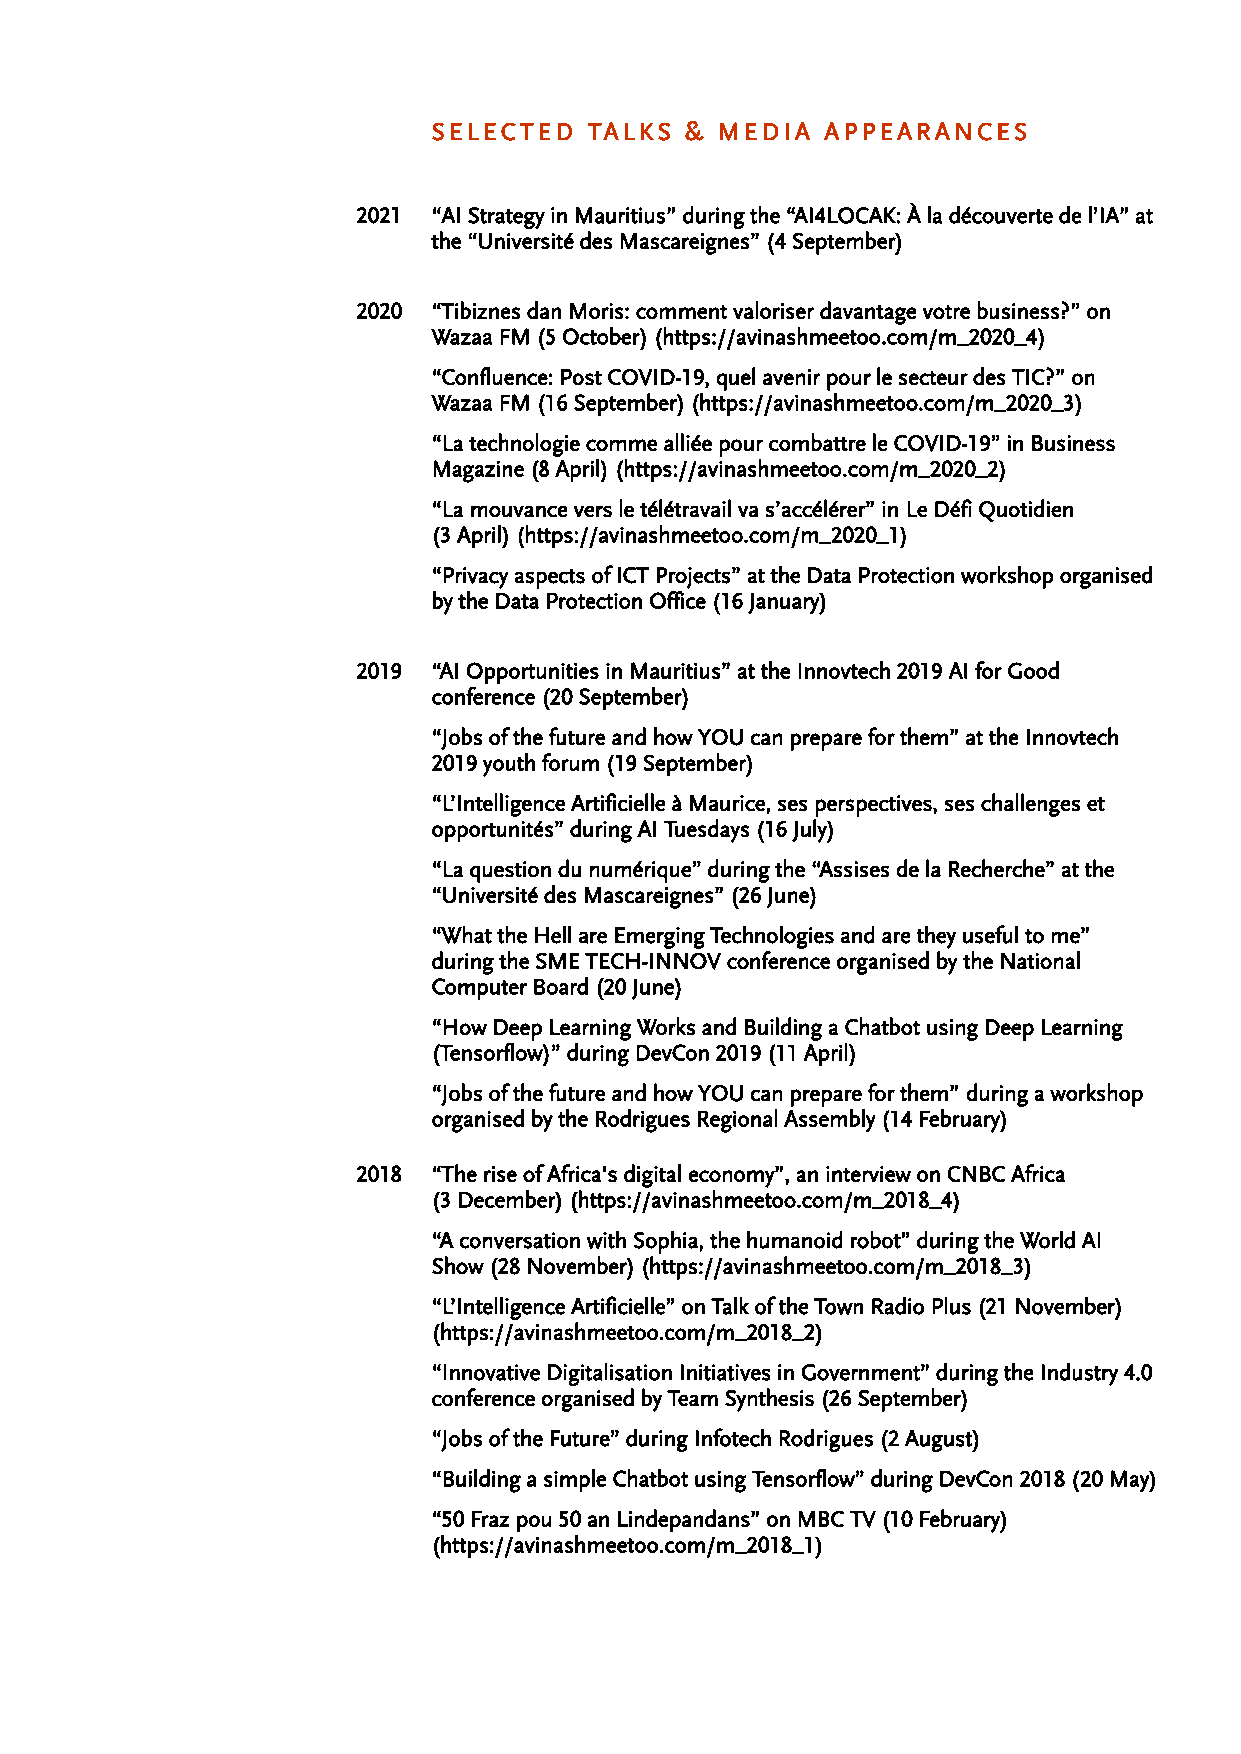
SELECTED  TALKS & MEDIA   APPEARANCES
 2021 “AI Strategy in Mauritius” during the “AI4LOCAK: À la découverte de l’IA” at
 the “Université des Mascareignes” (4 September)
 2020 “Tibiznes dan Moris: comment valoriser davantage votre business?” on
 Wazaa FM (5 October) (https://avinashmeetoo.com/m_2020_4)
 “Confluence: Post COVID-19, quel avenir pour le secteur des TIC?” on
 Wazaa FM (16 September) (https://avinashmeetoo.com/m_2020_3)
 “La technologie comme alliée pour combattre le COVID-19” in Business
 Magazine (8 April) (https://avinashmeetoo.com/m_2020_2)
 “La mouvance vers le télétravail va s’accélérer” in Le Défi Quotidien
 (3 April) (https://avinashmeetoo.com/m_2020_1)
 “Privacy aspects of ICT Projects” at the Data Protection workshop organised
 by the Data Protection Office (16 January)
 2019 “AI Opportunities in Mauritius” at the Innovtech 2019 AI for Good
 conference (20 September)
 “Jobs of the future and how YOU can prepare for them” at the Innovtech
 2019 youth forum (19 September)
 “L’Intelligence Artificielle à Maurice, ses perspectives, ses challenges et
 opportunités” during AI Tuesdays (16 July)
 “La question du numérique” during the “Assises de la Recherche” at the
 “Université des Mascareignes” (26 June)
 “What the Hell are Emerging Technologies and are they useful to me”
 during the SME TECH-INNOV conference organised by the National
 Computer Board (20 June)
 “How Deep Learning Works and Building a Chatbot using Deep Learning
 (Tensorflow)” during DevCon 2019 (11 April)
 “Jobs of the future and how YOU can prepare for them” during a workshop
 organised by the Rodrigues Regional Assembly (14 February)
 2018 “The rise of Africa's digital economy”, an interview on CNBC Africa
 (3 December) (https://avinashmeetoo.com/m_2018_4)
 “A conversation with Sophia, the humanoid robot” during the World AI
 Show (28 November) (https://avinashmeetoo.com/m_2018_3)
 “L’Intelligence Artificielle” on Talk of the Town Radio Plus (21 November)
 (https://avinashmeetoo.com/m_2018_2)
 “Innovative Digitalisation Initiatives in Government” during the Industry 4.0
 conference organised by Team Synthesis (26 September)
 “Jobs of the Future” during Infotech Rodrigues (2 August)
 “Building a simple Chatbot using Tensorflow” during DevCon 2018 (20 May)
 “50 Fraz pou 50 an Lindepandans” on MBC TV (10 February)
 (https://avinashmeetoo.com/m_2018_1)